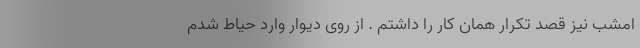
امشب نیز قصد تکرار همان کار را داشتم . از روی دیوار وارد حیاط شدم